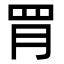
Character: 𦊈